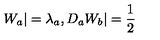
W _ { a } | = \lambda _ { a } , D _ { a } W _ { b } | = \frac { 1 } { 2 }